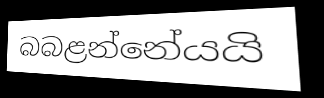
බබළන්නේයයි